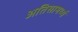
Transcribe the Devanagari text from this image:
अतिसामर्थ्य